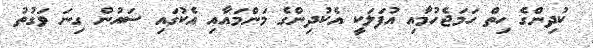
ކުދިންގެ ހިތް ހަމަޖެހުމާއި އުފަލަކީ އެކުދިންގެ މަންމައާއި އެކުގައި ސައުން ގިނަ ވަގުތު